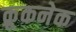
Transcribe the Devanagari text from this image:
क्रूकनेक